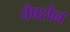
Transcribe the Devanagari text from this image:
चैपरोन